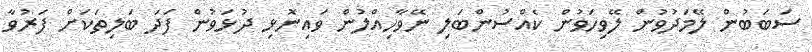
ސަބަބުން ލޭމަދުވުން ލޭވިހަވުން ކެއްސުންބަލި ނޭވާހިއްލުން ވައިނޮޅި ދުޅަވުން ފަދަ ބަލިތަކަށް ފަރުވާ